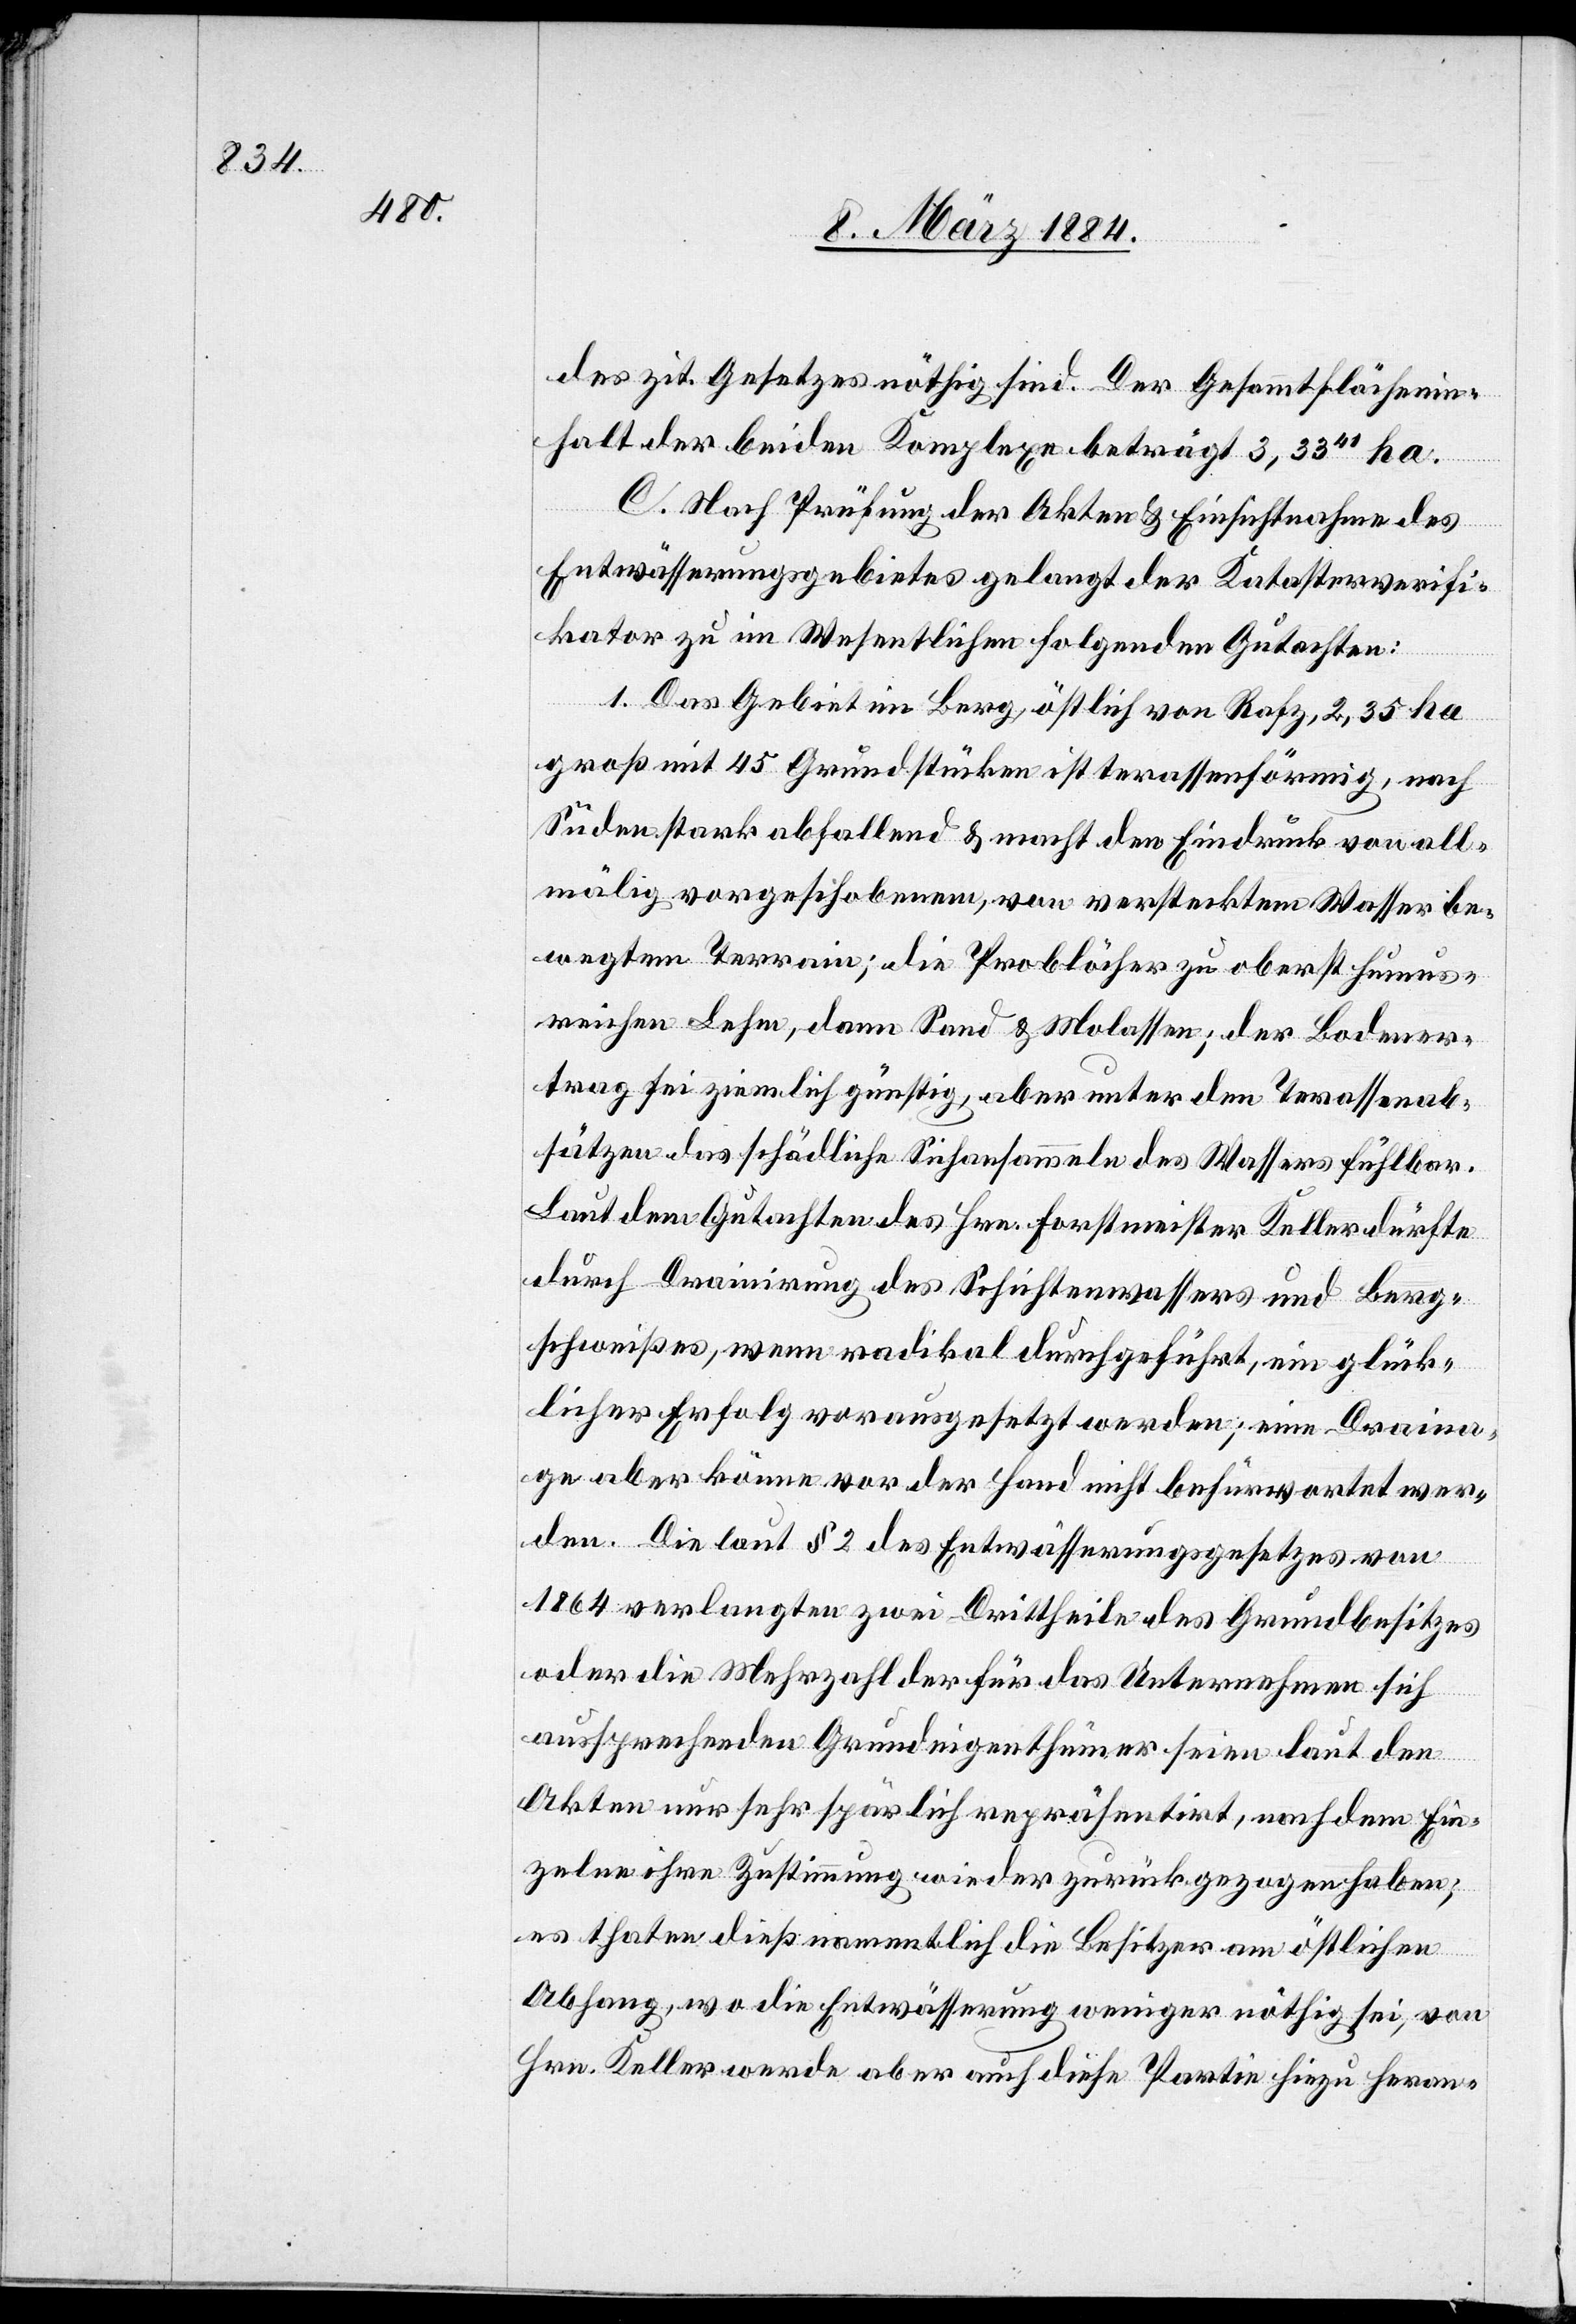
des zit. Gesetzes nöthig sind. Der Gesammtflächenin¬
halt der beiden Komplexe beträgt 3,3341 ha.
C. Nach Prüfung der Akten & Einsichtnahme des
Entwässerungsgebietes gelangt der Katasterverifi¬
kator zu im Wesentlichen folgenden Gutachten:
1. Das Gebiet im Berg, östlich von Rafz, 2,35 ha
groß mit 45 Grundstücken ist terrassenförmig, nach
Süden stark abfallend & macht den Eindruck von all¬
mälig vorgeschobenem, von verstecktem Wasser be¬
wegtem Terrain; die Problöcher zu oberst humus¬
reichen Lehm, dann Sand & Molassen [sic!]; der Bodener¬
trag sei ziemlich günstig, aber unter den Terrassenab¬
sätzen das schädliche Sichsammeln des Wasser fühlbar.
Laut dem Gutachten des Hrn. Forstmeister Keller dürfte
durch Drainirung des Schichtenwassers und Berg¬
schweißes, wenn radikal durchgeführt, ein glück¬
licher Erfolg vorausgesetzt werden; eine Draina¬
ge aber könne vor der Hand nicht befürwortet wer¬
den. Die laut § 2 des Entwässerungsgesetztes von
1864 verlangten zwei Drittheile der Grundbesitzer
oder die Mehrzahl der für das Unternehmen sich
aussprechenden Grundeigenthümer seien laut den
Akten nur sehr spärlich repräsentirt, nach dem Ein¬
zelne ihre Zustimmung wieder zurückgezogen haben;
es thaten dieß namentlich die Besitzer am östlichen
Abhang, wo die Entwässerung weniger nöthig sei, von
Hrn. Keller werde aber auch diese Partie hiezu heran-